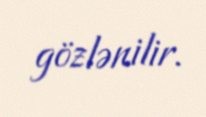
gözlənilir.